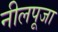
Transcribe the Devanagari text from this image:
नीलपूजा